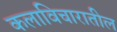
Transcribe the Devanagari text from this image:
कलाविचारातील